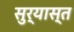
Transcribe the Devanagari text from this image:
सुर्यास्‍त